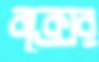
বক্সের